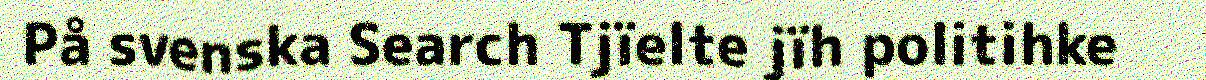
På svenska Search Tjïelte jïh politihke